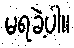
မရခဲ့ပါ။